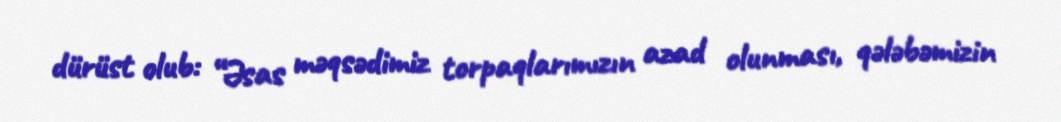
dürüst olub: “Əsas məqsədimiz torpaqlarımızın azad olunması, qələbəmizin